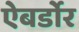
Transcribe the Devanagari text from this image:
ऐबर्डोर